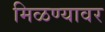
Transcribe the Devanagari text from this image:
मिळण्यावर